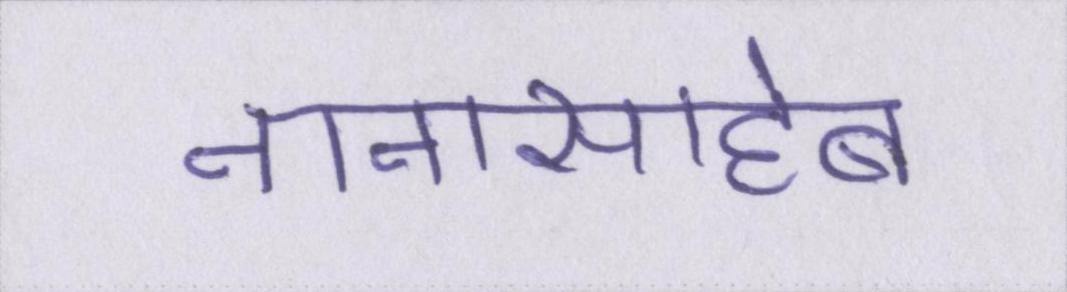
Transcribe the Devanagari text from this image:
नानासाहेब